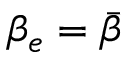
\beta _ { e } = \bar { \beta }